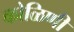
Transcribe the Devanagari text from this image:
कोळिणी